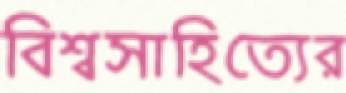
বিশ্বসাহিত্যের